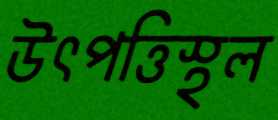
উৎপত্তিস্থল